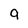
Character: 9